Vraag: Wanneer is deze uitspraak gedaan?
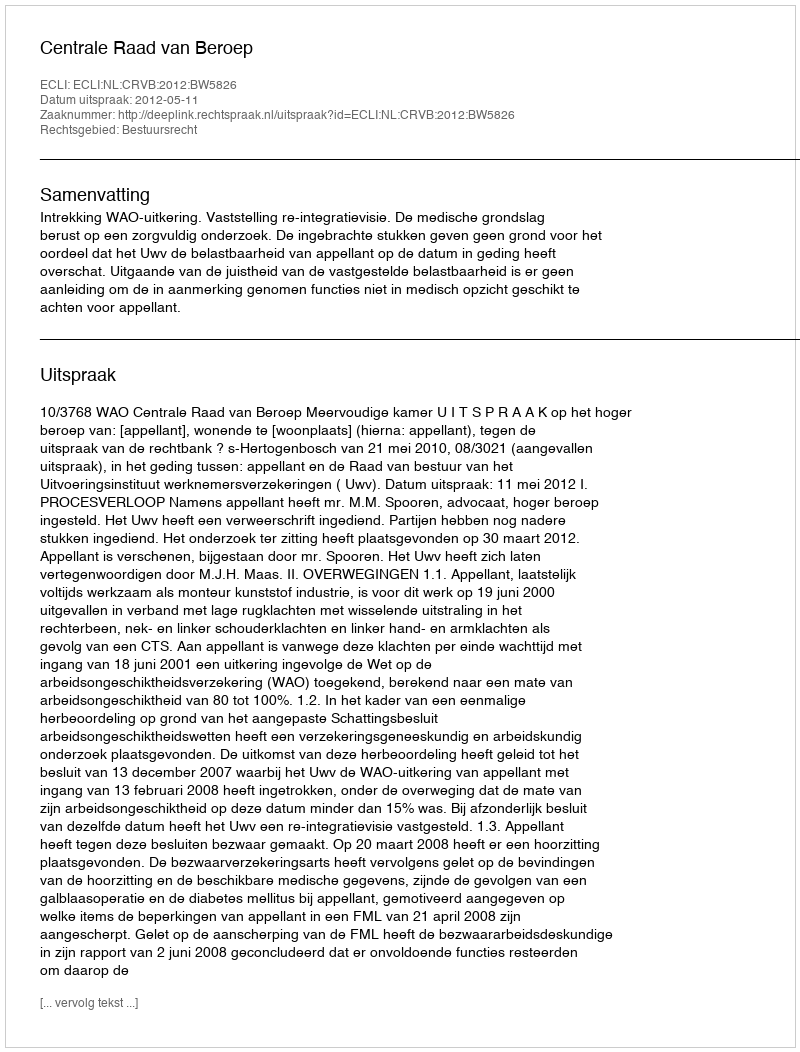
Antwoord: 2012-05-11